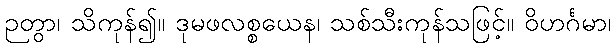
ဉတွာ၊ သိကုန်၍။ ဒုမဖလစ္စယေန၊ သစ်သီးကုန်သဖြင့်။ ဝိဟင်္ဂမာ၊